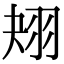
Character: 𦐋